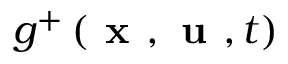
g ^ { + } \left( \textbf { x } , \textbf { u } , t \right)